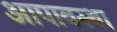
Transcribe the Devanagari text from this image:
आपावस्था